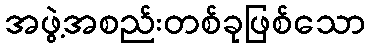
အဖွဲ့အစည်းတစ်ခုဖြစ်သော